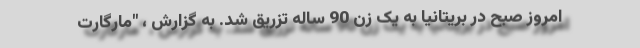
امروز صبح در بریتانیا به یک زن 90 ساله تزریق شد. به گزارش ، "مارگارت